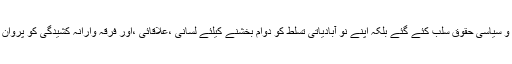
اس فراڈ پر مبنی معاہدے کی بنیاد پر نہ صرف خطے کے عوام کے بنیادی ،انسانی ،جمہوری و سیاسی حقوق سلب کئے گئے بلکہ اپنے نو آبادیاتی تسلط کو دوام بخشنے کیلئے لسانی ،علاقائی ،اور فرقہ وارانہ کشیدگی کو پروان چڑھایا گیا تاکہ خطے کے عوام اپنے بنیادی حقوق کیلئے متحدو منظم ہوکر آواز نہ اٹھا سکیں۔